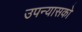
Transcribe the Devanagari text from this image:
उपन्यासको